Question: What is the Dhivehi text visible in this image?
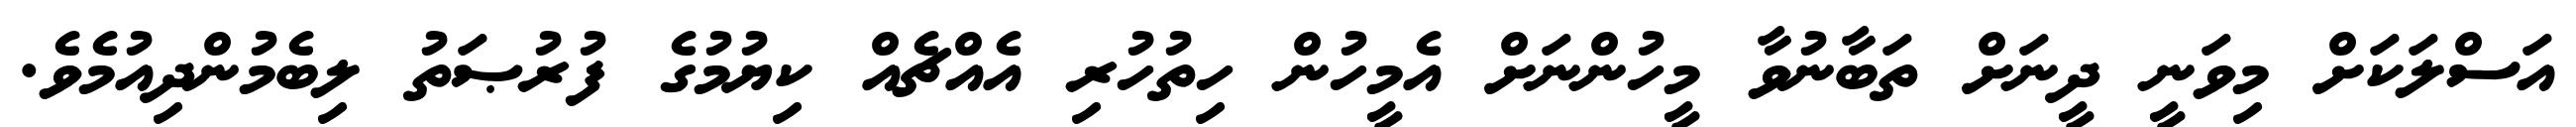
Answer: އަސްލަކަށް މިވަނީ ދީނަށް ތަބާނުވާ މީހުންނަށް އެމީހުން ހިތުހުރި އެއްޗެއް ކިޔުމުގެ ފުރުޞަތު ލިބެމުންދިއުމެވެ.